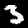
Digit: 3